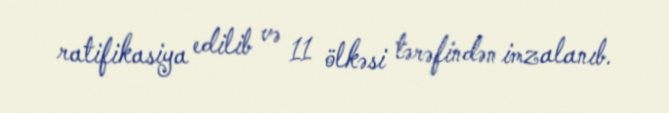
ratifikasiya edilib və 11 ölkəsi tərəfindən imzalanıb.